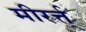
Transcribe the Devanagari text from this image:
मीरर्त्त्